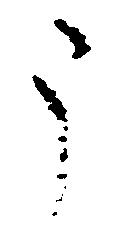
う